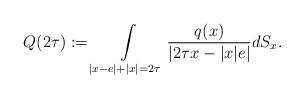
LaTeX: \begin{align*}Q(2\tau):=\int\limits_{|x-e|+|x|=2\tau}\frac{q(x)}{|2\tau x-|x|e|}dS_{x}.\end{align*}